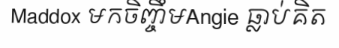
Maddox មកចិញ្ចឹមAngie ធ្លាប់គិត